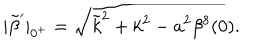
| \tilde { \beta } ^ { \prime } | _ { 0 ^ { + } } = \sqrt { \tilde { k } ^ { 2 } + k ^ { 2 } - a ^ { 2 } \beta ^ { 8 } ( 0 ) } .